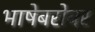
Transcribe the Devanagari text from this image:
भाषेबरोबर